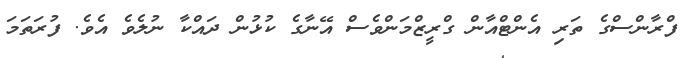
ފްރާންސްގެ ތަރި އެންޓްއާން ގްރީޒްމަންވެސް އޭނާގެ ކުޅުން ދައްކާ ނުލެވެ އެވެ. ފުރަތަމަ